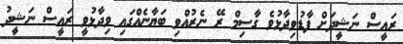
ރައީސް ނަޝީދަށް ފާޑުވިދާޅުވެ ގާސިމް ރޭ ނެރުއްވި ބަޔާނެއްގައި ވިދާޅުވީ ރައީސް ނަޝީދު